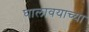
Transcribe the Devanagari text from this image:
घालावयाच्या